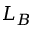
L _ { B }